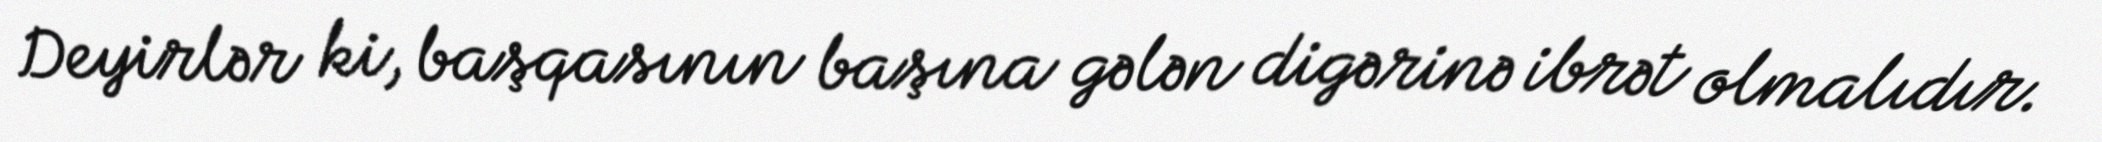
Deyirlər ki, başqasının başına gələn digərinə ibrət olmalıdır.